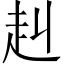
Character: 赳